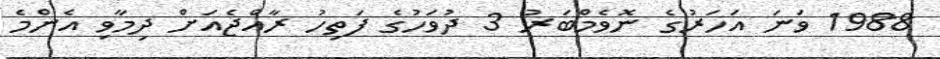
1988 ވަނަ އަހަރުގެ ނޮވެމްބަރު 3 ދުވަހުގެ ފަތިހު ރާއްޖެއަށް ދިމާވި އެންމެ